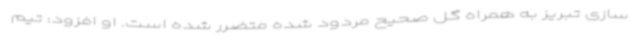
سازی تبریز به همراه گل صحیح مردود شده متضرر شده است. او افزود: تیم